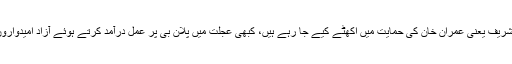
کبھی علما اور گدی نشین اس دور کے نواز شریف یعنی عمران خان کی حمایت میں اکھٹے کیے جا رہے ہیں، کبھی عجلت میں پلان بی پر عمل درآمد کرتے ہوئے آزاد امیدواروں کو جیپ کے نشان الاٹ کرائے جاتے ہیں۔